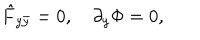
\hat { F } _ { y \bar { y } } = 0 , ~ \partial _ { y } \Phi = 0 ,